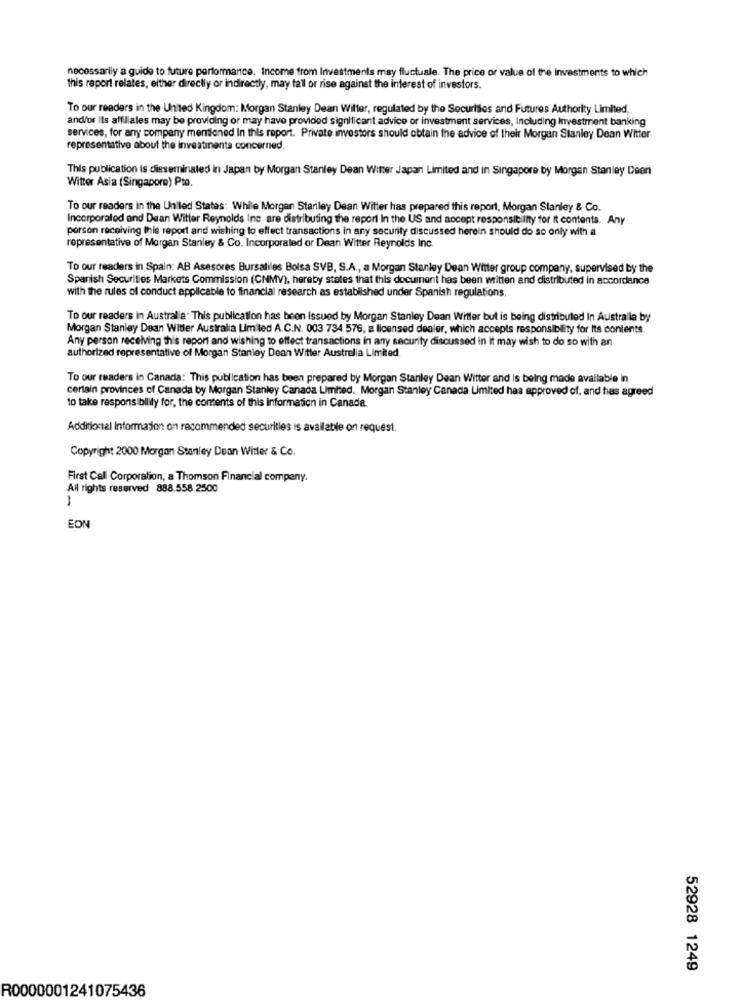
necessarily a guide to future performance. Income from Investments may fluctuale. The price or value of the investments to which
this report relates, either directly or indirectly, may fall or rise against the interest of investors.
To our readers in the United Kingdom: Morgan Stanley Dean Willer, regulated by the Securities and Futures Authority Limited,
and/or Its affiliales may be providing or may have provided significant advice or investment services, Including Investment banking
services, for any company mentioned In this report. Private investors should obtain the advice of their Morgan Stanley Dean Witter
representative about the investments concerned.
This publication is disseminated in Japan by Morgan Stanley Dean Winter Japan Limited and in Singapore by Morgan Stanley Deen
Witter Asia (Singapore) Pto.
To our readers in the United States: While Morgan Stanley Dean Witter has prepared this report, Morgan Stanley & Co.
Incorporated and Dean Witter Reynolds Inc. are distributing the report In the US and aocept responsibility for It contents. Any
porson receiving this report and wishing to effect transactions in any security discussed herein should do so only with a
representative of Morgan Stanley & Co. Incorporated or Dean Witter Reynolds Inc.
To our readers in Spain: AB Asesores Bursaliles Bolsa SVB, S.A ., a Morgan Stanley Dean Witter group company, supervised by the
Spanish Securities Markets Commission (CNMV), hereby states that this document has been written and distributed in accordance
with the rules of conduct applicable to financial research as established under Spanish regulations.
To our readers in Australia: This publication has been issued by Morgan Stanley Dean Witter but is being distributed In Australia by
Morgan Stanley Dean Witter Australia Limited A.C.N. 003 734 576, a licensed dealer, which accepts responsibility for Its contents.
Any person receiving this report and wishing to effect transactions in any security discussed in It may wish to do so with an
authorized representative of Morgan Stanley Dean Witter Australia Limited
To our readers in Canada: This publication has been prepared by Morgan Stanley Dean Witter and is being made available in
certain provinces of Canada by Morgan Stanley Canada Limited. Morgan Stanley Canada Limited has approved of, and has agreed
to take responsibility for, the contents of this information in Canada.
Additional Information on recommended securities is available on request.
Copyright 2000 Morgan Stanley Dean Witter & Co.
First Call Corporation, a Thomson Financial company.
All rights reserved 888.558.2500
-
EON
52928 1249
R0000001241075436